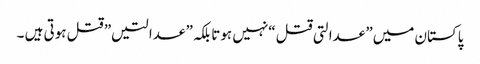
پاکستان میں” عدالتی قتل “نہیں ہوتا بلکہ” عدالتیں” قتل ہوتی ہیں ۔